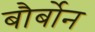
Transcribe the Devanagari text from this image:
बौर्बोन